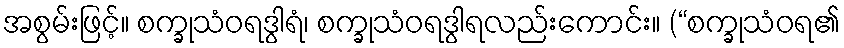
အစွမ်းဖြင့်။ စက္ခုသံဝရဒွါရံ၊ စက္ခုသံဝရဒွါရလည်းကောင်း။ (“စက္ခုသံဝရ၏